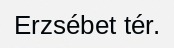
Erzsébet tér.